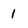
Character: 1